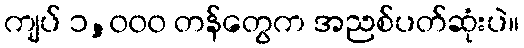
ကျပ် ၁,၀၀၀ တန်တွေက အညစ်ပတ်ဆုံးပဲ။